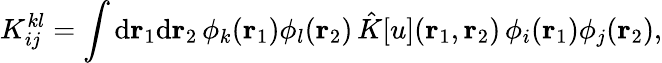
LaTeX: {K}_{ij}^{kl}=\int\mathrm{d}{\mathbf{r}_{1}}\mathrm{d}{\mathbf{r}_{2}}\, \phi_{k}({\mathbf{r}_{1}})\phi_{l}({\mathbf{r}_{2}})\, \hat{K}[u]({\mathbf{r}_{1}},{\mathbf{r}_{2}})\, \phi_{i}({\mathbf{r}_{1}})\phi_{j}({\mathbf{r}_{2}}),